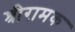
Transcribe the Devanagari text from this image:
श्रीरामक